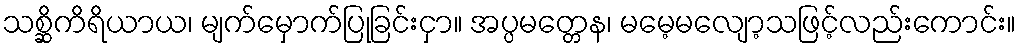
သစ္ဆိကိရိယာယ၊ မျက်မှောက်ပြုခြင်းငှာ။ အပ္ပမတ္တေန၊ မမေ့မလျော့သဖြင့်လည်းကောင်း။